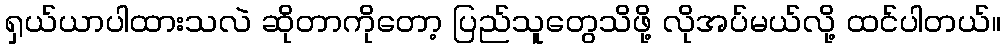
ရှယ်ယာပါထားသလဲ ဆိုတာကိုတော့ ပြည်သူတွေသိဖို့ လိုအပ်မယ်လို့ ထင်ပါတယ်။